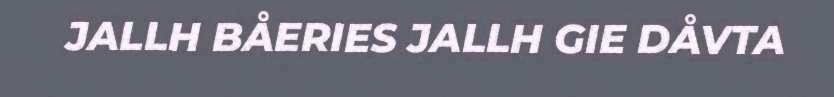
JALLH BÅERIES JALLH GIE DÅVTA